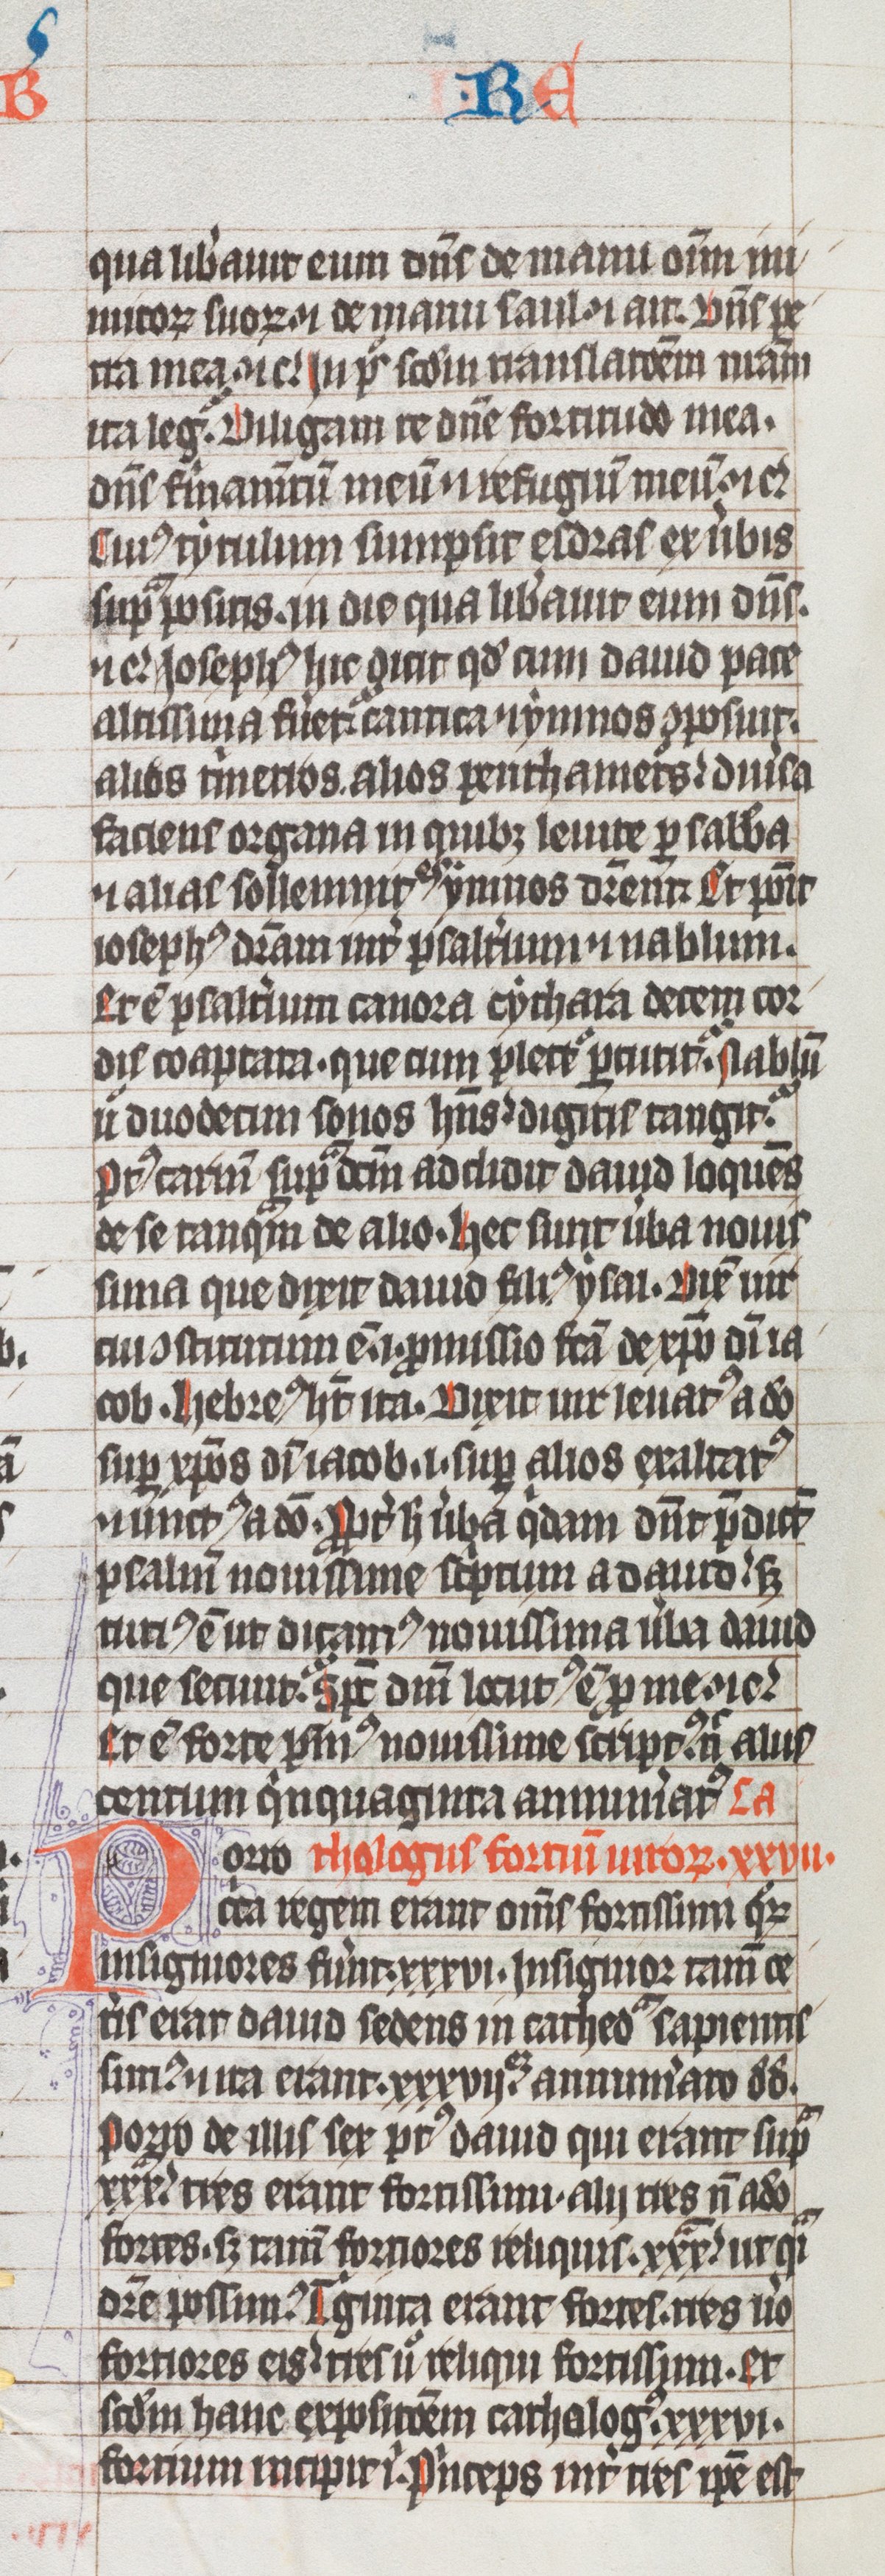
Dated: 1325–1349